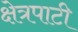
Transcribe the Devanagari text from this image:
क्षेत्रपाटी